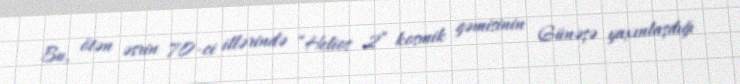
Bu, ötən əsrin 70-ci illərində “Helios 2” kosmik gəmisinin Günəşə yaxınlaşdığı